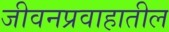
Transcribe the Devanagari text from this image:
जीवनप्रवाहातील